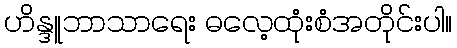
ဟိန္ဒူဘာသာရေး ဓလေ့ထုံးစံအတိုင်းပါ။